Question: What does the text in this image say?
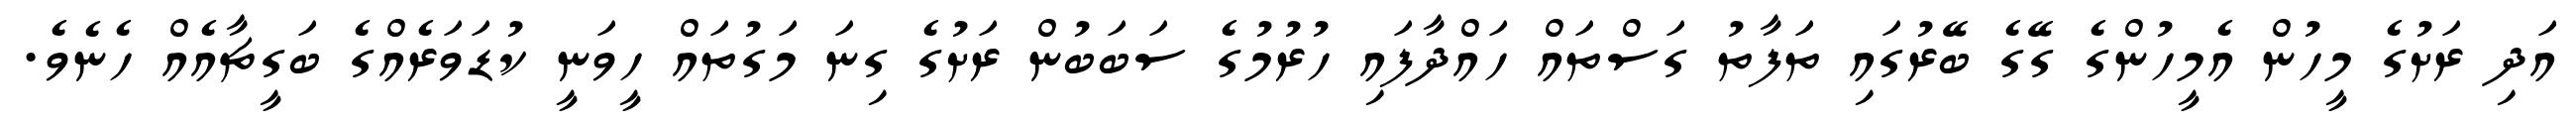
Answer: އަދި ރަށުގެ މީހުން އެމީހުންގެ ގޭގެ ބޭރުގައި ތަފާތު ގަސްތައް ހައްދާފައި ހުރުމުގެ ސަބަބުން ރަށުގެ ގިނަ މަގުތައް ހީވަނީ ކުޑަވަރެއްގެ ބަގީޗާއެއް ހެނެވެ.